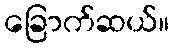
ခြောက်ဆယ်။